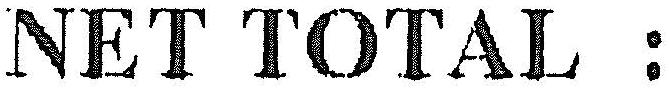
NET TOTAL :